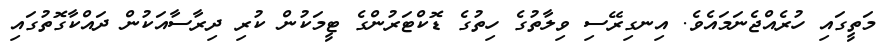
މަތީގައި ހުރެއްޖެނަމައެވެ. އިނގިރޭސި ވިލާތުގެ ހިތުގެ ޑޮކްޓަރުންގެ ޓީމަކުން ކުރި ދިރާސާއަކުން ދައްކާގޮތުގައި